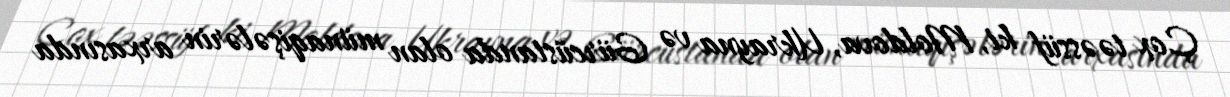
Çox təəssüf ki, Moldova, Ukrayna və Gürcüstanda olan münaqişələrin arxasında